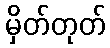
မှိတ်တုတ်